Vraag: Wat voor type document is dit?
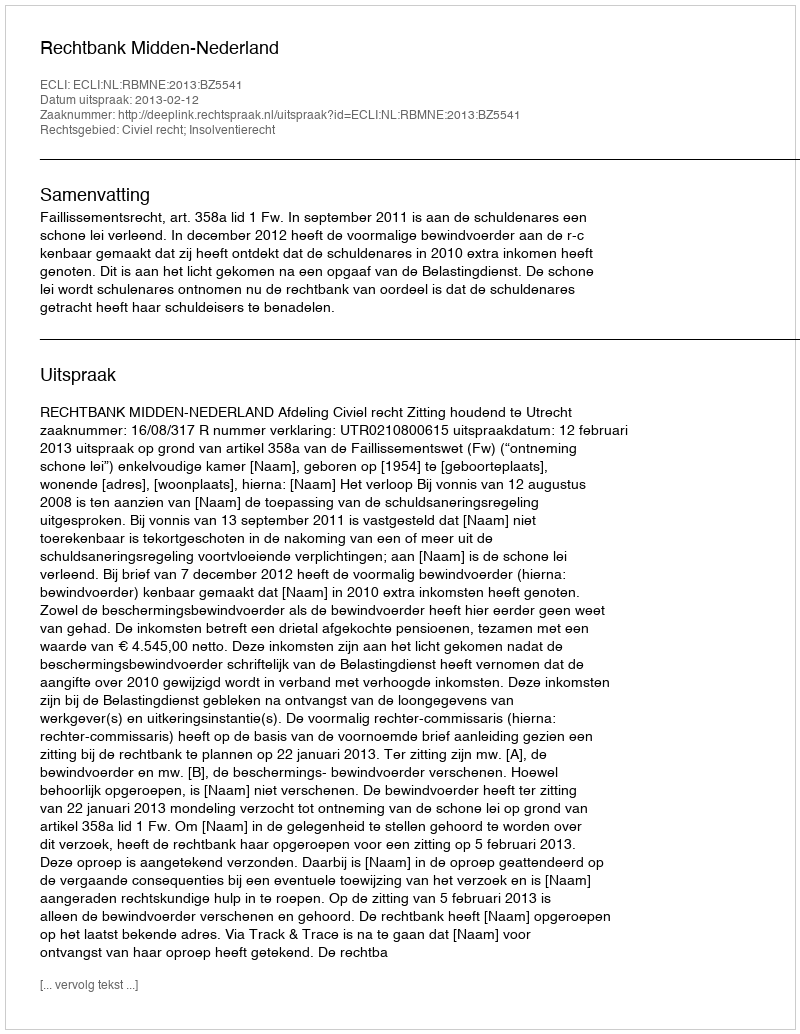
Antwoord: Uitspraak